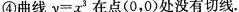
④ 曲线 y = x 3 在点 ( 0 ，0 ) 处没有切线。